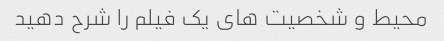
محیط و شخصیت های یک فیلم را شرح دهید